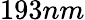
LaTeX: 193nm